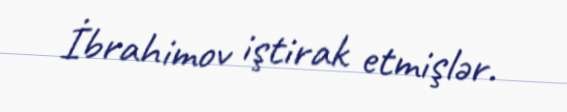
İbrahimov iştirak etmişlər.